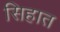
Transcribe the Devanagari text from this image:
सिहात